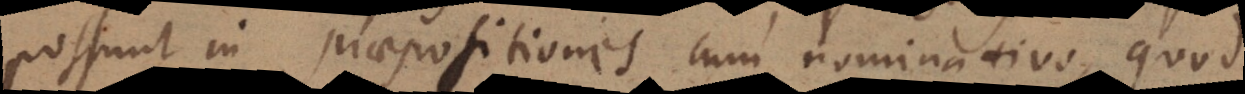
possunt in praepositiones cum nominativo, quod